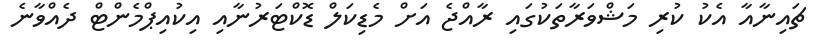
ޗައިނާއާ އެކު ކުރި މަޝްވަރާތަކުގައި ރާއްޖެ އަށް މެޑިކަލް ޑޮކްޓަރުނާއި އިކުއިޕްމެންޓް ދެއްވާނެ